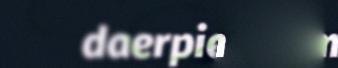
daerpies dam